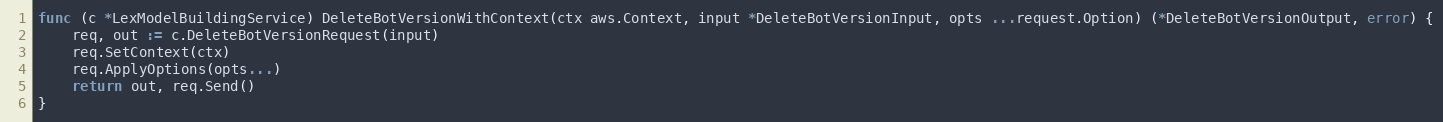
Language: Go
func (c *LexModelBuildingService) DeleteBotVersionWithContext(ctx aws.Context, input *DeleteBotVersionInput, opts ...request.Option) (*DeleteBotVersionOutput, error) {
	req, out := c.DeleteBotVersionRequest(input)
	req.SetContext(ctx)
	req.ApplyOptions(opts...)
	return out, req.Send()
}